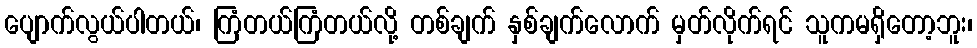
ပျောက်လွယ်ပါတယ်၊ ကြံတယ်ကြံတယ်လို့ တစ်ချက် နှစ်ချက်လောက် မှတ်လိုက်ရင် သူကမရှိတော့ဘူး၊